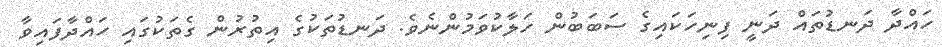
ހައްދާ ދަނޑުތައް ދަނީ ފިނިހަކައިގެ ސަބަބުން ހަލާކުވަމުންނެވެ. ދަނޑުތަކުގެ އިތުރުން ގެތަކުގައި ހައްދާފައިވާ